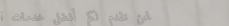
نحن نقدم لكم أفضل خدمات ا